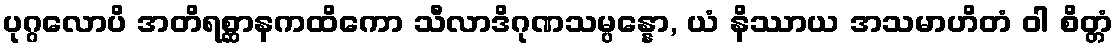
ပုဂ္ဂလောပိ အတိရစ္ဆာနကထိကော သီလာဒိဂုဏသမ္ပန္နော, ယံ နိဿာယ အသမာဟိတံ ဝါ စိတ္တံ